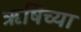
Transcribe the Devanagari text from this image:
ऋषिंच्या